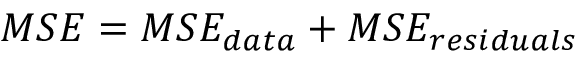
M S E = M S E _ { { d a t a } } + M S E _ { { r e s i d u a l s } }